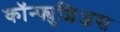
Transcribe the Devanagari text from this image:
कॉन्फ्युशिअस